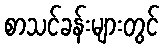
စာသင်ခန်းများတွင်